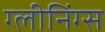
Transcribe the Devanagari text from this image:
ग्लीनिंग्स